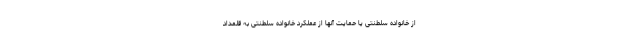
از خانواده سلطنتی یا حمایت آنها از عملکرد خانواده سلطنتی به قلمداد